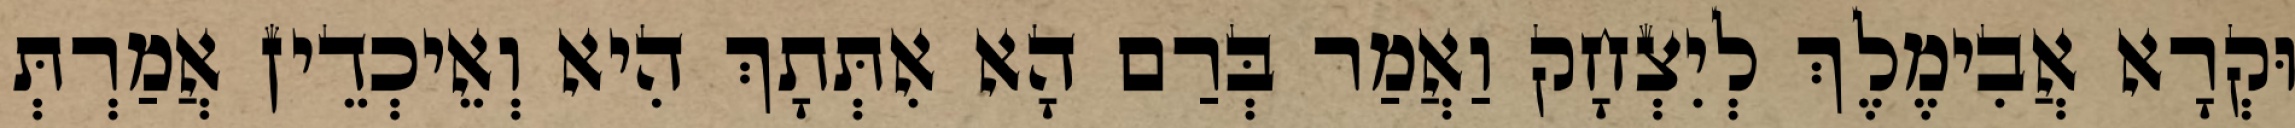
וּקְרָא אֲבִימֶלֶךְ לְיִצְחָק וַאֲמַר בְּרַם הָא אִתְּתָךְ הִיא וְאֵיכְדֵין אֲמַרְתְּ